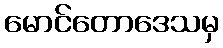
မောင်တောဒေသမှ